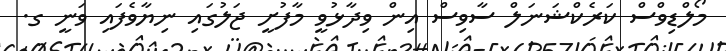
މޯލްޑިވްސް ކަރެކްޝަނަލް ސާވިސް އިން ވިދާޅުވީ މާފުށީ ޖަލުގައި ނިޔާވެފައި ވަނީ ގ.